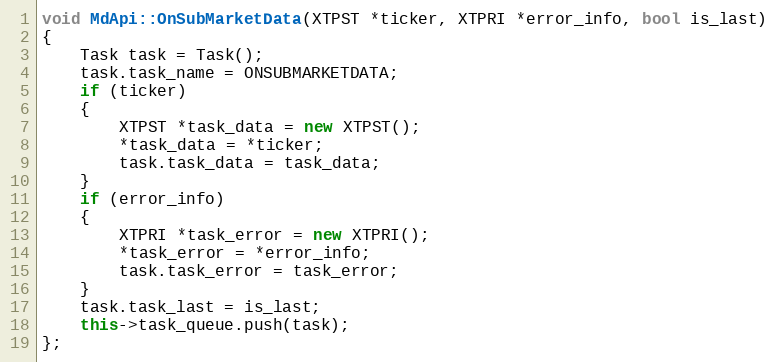
Language: C++
void MdApi::OnSubMarketData(XTPST *ticker, XTPRI *error_info, bool is_last)
{
	Task task = Task();
	task.task_name = ONSUBMARKETDATA;
	if (ticker)
	{
		XTPST *task_data = new XTPST();
		*task_data = *ticker;
		task.task_data = task_data;
	}
	if (error_info)
	{
		XTPRI *task_error = new XTPRI();
		*task_error = *error_info;
		task.task_error = task_error;
	}
	task.task_last = is_last;
	this->task_queue.push(task);
};